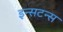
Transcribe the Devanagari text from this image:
इन्सटन्स